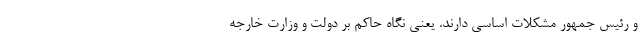
و رئیس جمهور مشکلات اساسی دارند. یعنی نگاه حاکم بر دولت و وزارت خارجه